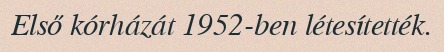
Első kórházát 1952-ben létesítették.